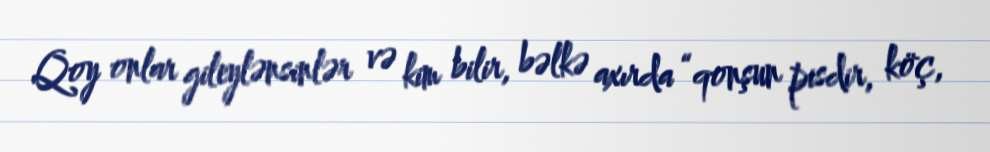
Qoy onlar gileylənsinlər və kim bilir, bəlkə axırda “qonşun pisdir, köç,